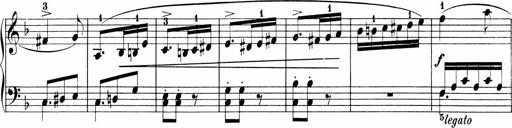
Title: Sonatinen Op.47, 98 und 136, nebst 6 Liedersonatinen
Composer: Carl Reinecke